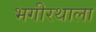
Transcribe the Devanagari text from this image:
भगीरथाला